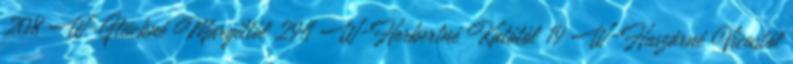
208 W-Glückné Margittól 294 W-Herbertné Katótól 19 W-Huszárné Vicustól